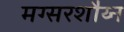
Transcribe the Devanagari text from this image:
मग्सरशौय्न